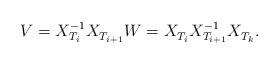
LaTeX: \begin{align*}V=X_{T_i}^{-1}X_{T_{i+1}}^{\vphantom{-1}}W=X_{T_i}^{\vphantom{-1}}X_{T_{i+1}}^{-1}X_{T_k}^{\vphantom{-1}}.\end{align*}